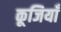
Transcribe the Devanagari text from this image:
कूजियाँ